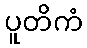
ပူတိကံ